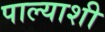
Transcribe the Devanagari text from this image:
पाल्याशी